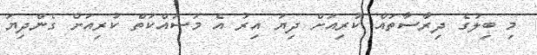
މި ބިލުގެ ދިރާސާތައް ކުރިއަށް ދިޔަ އިރު އެ މަސައްކަތް ކުރިއަށް ގެންދިޔަ